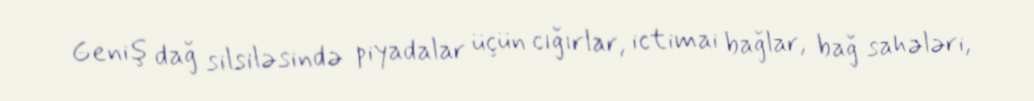
Geniş dağ silsiləsində piyadalar üçün cığırlar, ictimai bağlar, bağ sahələri,